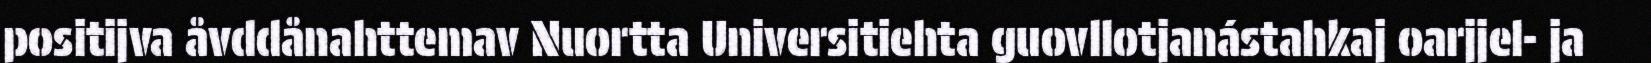
positijva åvddånahttemav Nuortta Universitiehta guovllotjanástahkaj oarjjel- ja